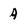
Character: A